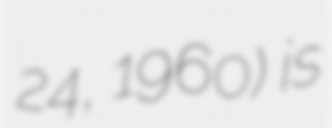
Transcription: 24, 1960) is